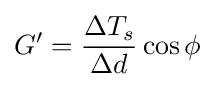
G'={\frac {\Delta T_{s}}{\Delta d}}\cos \phi